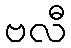
ဗလီ